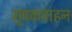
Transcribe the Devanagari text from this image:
मूषकवाहन